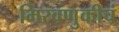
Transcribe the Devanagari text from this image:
मिरवणुकीचं